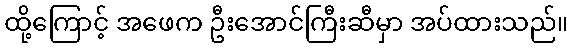
ထို့ကြောင့် အဖေက ဦးအောင်ကြီးဆီမှာ အပ်ထားသည်။